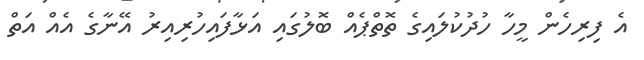
އެ ފިިރިހެން މީހާ ހުދުކުލައިގެ ތޮތްޕެއް ބޮލުގައި އަޅާފައިހުރިއިރު އޭނާގެ އެއް އަތް